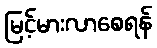
မြင့်မားလာစေရန်